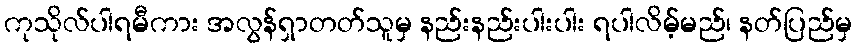
ကုသိုလ်ပါရမီကား အလွန်ရှာတတ်သူမှ နည်းနည်းပါးပါး ရပါလိမ့်မည်၊ နတ်ပြည်မှ